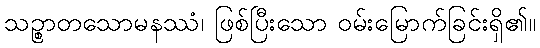
သဉ္စာတသောမနဿံ၊ ဖြစ်ပြီးသော ဝမ်းမြောက်ခြင်းရှိ၏။